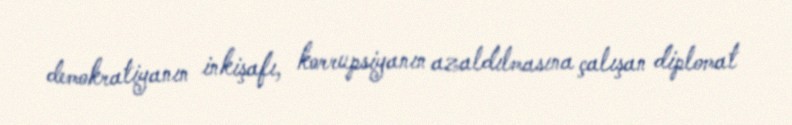
demokratiyanın inkişafı, korrupsiyanın azaldılmasına çalışan diplomat